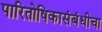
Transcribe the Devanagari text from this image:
पारितोषिकासंबंधीचा